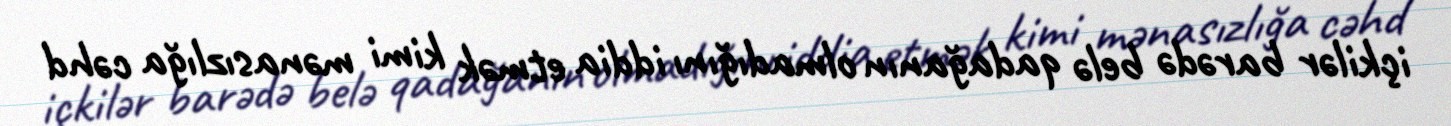
içkilər barədə belə qadağanın olmadığını iddia etmək kimi mənasızlığa cəhd